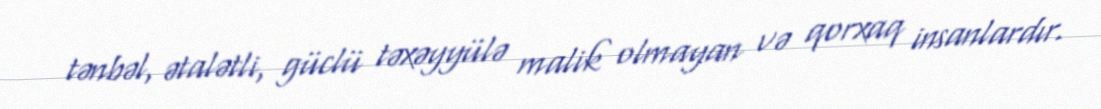
tənbəl, ətalətli, güclü təxəyyülə malik olmayan və qorxaq insanlardır.